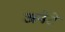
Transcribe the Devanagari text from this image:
अनेटे